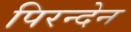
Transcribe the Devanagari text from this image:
पिरन्देन